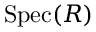
{ \mathrm { S p e c } } ( R )